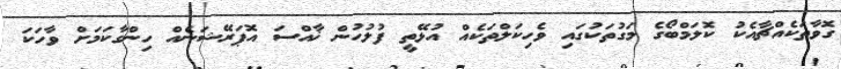
ގޮވާތަކެއްޗާއެކު ކޮލަމްބޯގެ މަގުތަކުގައި ވެހިކަލްތަކެއް އުޅޭތީ ފުލުހުން ޚާއްސަ އޮޕަރޭޝަނެއް ހިންގާކަމަށް ވާހަކަ